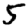
Digit: 5